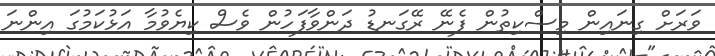
ވަރަށް ގިނައިން މިސްކިތުން ފެނޭ ރޭގަނޑު ދަންވާފަހުން ވެސް ކިޔެވުމާ އަޅުކަމުގަ އިންނަ